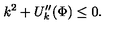
k ^ { 2 } + U _ { k } ^ { \prime \prime } ( \Phi ) \le 0 .